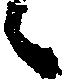
々